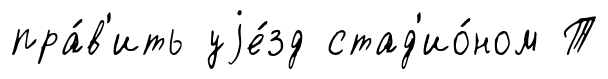
пра́в'ить уjе́зд стад'ио́ном Т